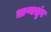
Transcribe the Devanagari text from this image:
ऋष्यश्रृंग